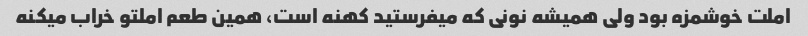
املت خوشمزه بود ولی همیشه نونی که میفرستید کهنه است، همین طعم املتو خراب میکنه